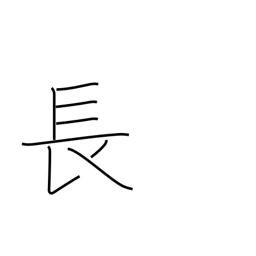
Meaning: superior